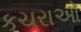
કચરાઓ